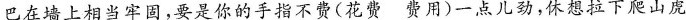
巴在墙上相当牢固，要是你的手指不\underset{·}{费}(花费费用)一点儿劲，休想拉下爬山虎